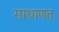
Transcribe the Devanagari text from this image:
साधाणतः